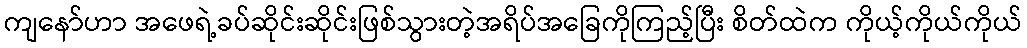
ကျနော်ဟာ အဖေရဲ့ခပ်ဆိုင်းဆိုင်းဖြစ်သွားတဲ့အရိပ်အခြေကိုကြည့်ပြီး စိတ်ထဲက ကိုယ့်ကိုယ်ကိုယ်